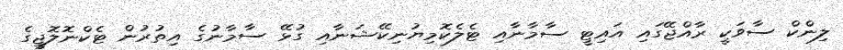
ލިންކް ސާވަކީ ރާއްޖޭގައި އައިޓީ ސާމާނާއި ޓެލެކޮމިޔުނިކޭޝަނާއި ގުޅޭ ސާމާނުގެ އިތުރުން ޓެކްނޮލޮޖީގެ